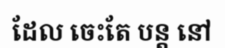
ដែល ចេះតែ បន្ត នៅ